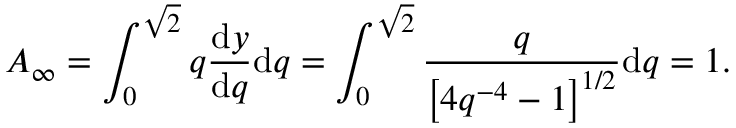
A _ { \infty } = \int _ { 0 } ^ { \sqrt { 2 } } q \frac { \mathrm { d } y } { \mathrm { d } q } \mathrm { d } q = \int _ { 0 } ^ { \sqrt { 2 } } \frac { q } { \left[ 4 q ^ { - 4 } - 1 \right] ^ { 1 / 2 } } \mathrm { d } q = 1 .